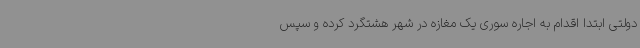
دولتی ابتدا اقدام به اجاره سوری یک مغازه در شهر هشتگرد کرده و سپس